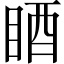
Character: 𥆺